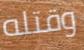
وقتله